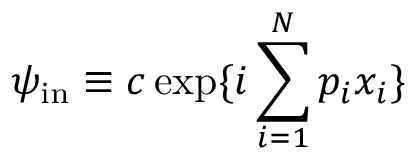
\psi _ { \mathrm { i n } } \equiv c \exp \{ i \sum _ { i = 1 } ^ { N } p _ { i } x _ { i } \} \, \,